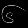
Digit: ၆